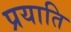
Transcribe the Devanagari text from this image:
प्रयाति